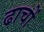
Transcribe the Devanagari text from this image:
ढाचों